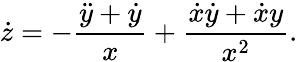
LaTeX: \dot{z}=-\frac{\ddot{y}+\dot{y}}{x}+\frac{\dot{x}\dot{y}+\dot{x}y}{x^{2}}.